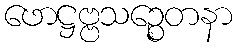
ဖောဋ္ဌဗ္ဗသဉ္စေတနာ